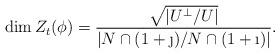
LaTeX: \begin{align*}\dim Z_t(\phi)=\frac{\sqrt{|U^\perp/U|}}{|N\cap (1+\j)/N\cap (1+\i)|}.\end{align*}